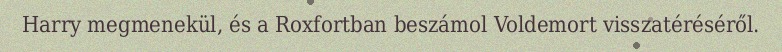
Harry megmenekül, és a Roxfortban beszámol Voldemort visszatéréséről.